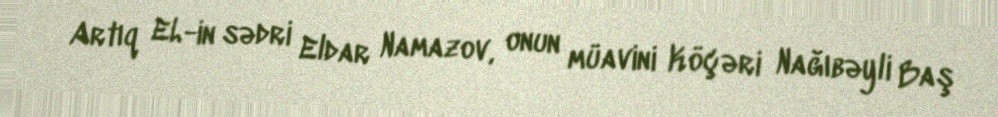
Artıq EL-in sədri Eldar Namazov, onun müavini Köçəri Nağıbəyli Baş